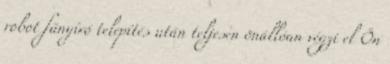
robot fűnyíró telepítés után teljesen önállóan végzi el Ön